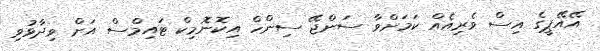
އޭއޭޕީގެ އިސް ވެރިއެއް ކަމަށްވާ ސަންޖޭ ސިންހް އިކޮނޮމިކް ޓައިމްސް އަށް ވިދާޅުވި